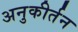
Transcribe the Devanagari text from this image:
अनुकीर्तन